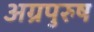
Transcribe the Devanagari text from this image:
अग्रपुरुष